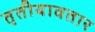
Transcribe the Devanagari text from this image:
तृतीयावतार